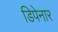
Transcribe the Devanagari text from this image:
डिपेनार